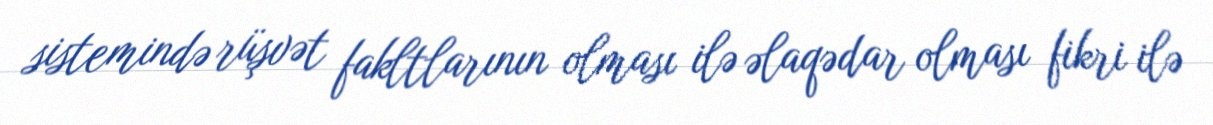
sistemində rüşvət fakltlarının olması ilə əlaqədar olması fikri ilə